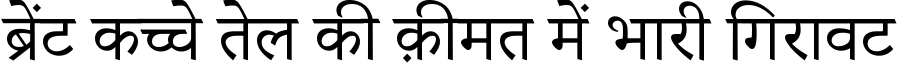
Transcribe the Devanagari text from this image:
ब्रेंट कच्चे तेल की क़ीमत में भारी गिरावट